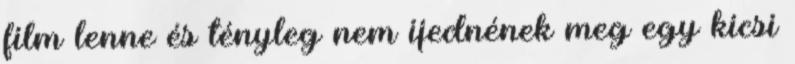
film lenne és tényleg nem ijednének meg egy kicsi